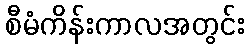
စီမံကိန်းကာလအတွင်း